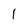
Character: l